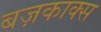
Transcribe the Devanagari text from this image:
बज़काक्स